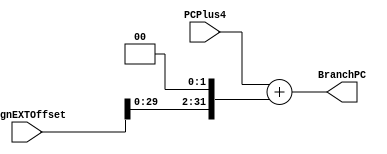
module BranchAdd(
    input [31:0] PCPlus4,
    input [31:0] SignEXTOffset,
    output reg [31:0] BranchPC
);

always@(*)
		begin
		BranchPC <= PCPlus4 + (SignEXTOffset << 2);
		end
endmodule